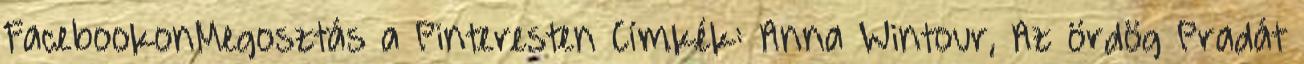
FacebookonMegosztás a Pinteresten Címkék: Anna Wintour, Az ördög Pradát